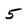
Character: 5